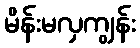
မိန်းမလှကျွန်း